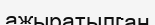
ажыратылган